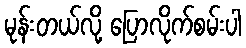
မုန်းတယ်လို့ ပြောလိုက်စမ်းပါ